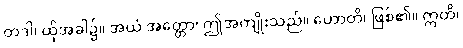
တဒါ၊ ထိုအခါ၌။ အယံ အတ္ထော၊ ဤအကျိုးသည်။ ဟောတိ၊ ဖြစ်၏။ ဣတိ၊